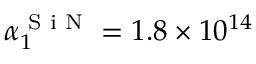
\alpha _ { 1 } ^ { \textrm { S i N } } = 1 . 8 \times 1 0 ^ { 1 4 }